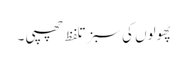
پھولوں کی سبز تلفظ چھپی ۔